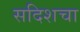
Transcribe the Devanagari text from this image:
सदिशचा